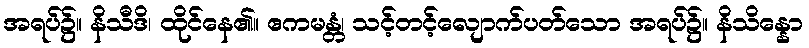
အရပ်၌။ နိသီဒိ၊ ထိုင်နေ၏။ ဧကမန္တံ၊ သင့်တင့်လျောက်ပတ်သော အရပ်၌။ နိသိန္နော